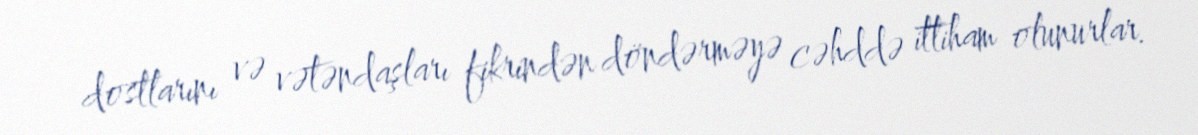
dostlarını və vətəndaşları fikrindən döndərməyə cəhddə ittiham olunurlar.